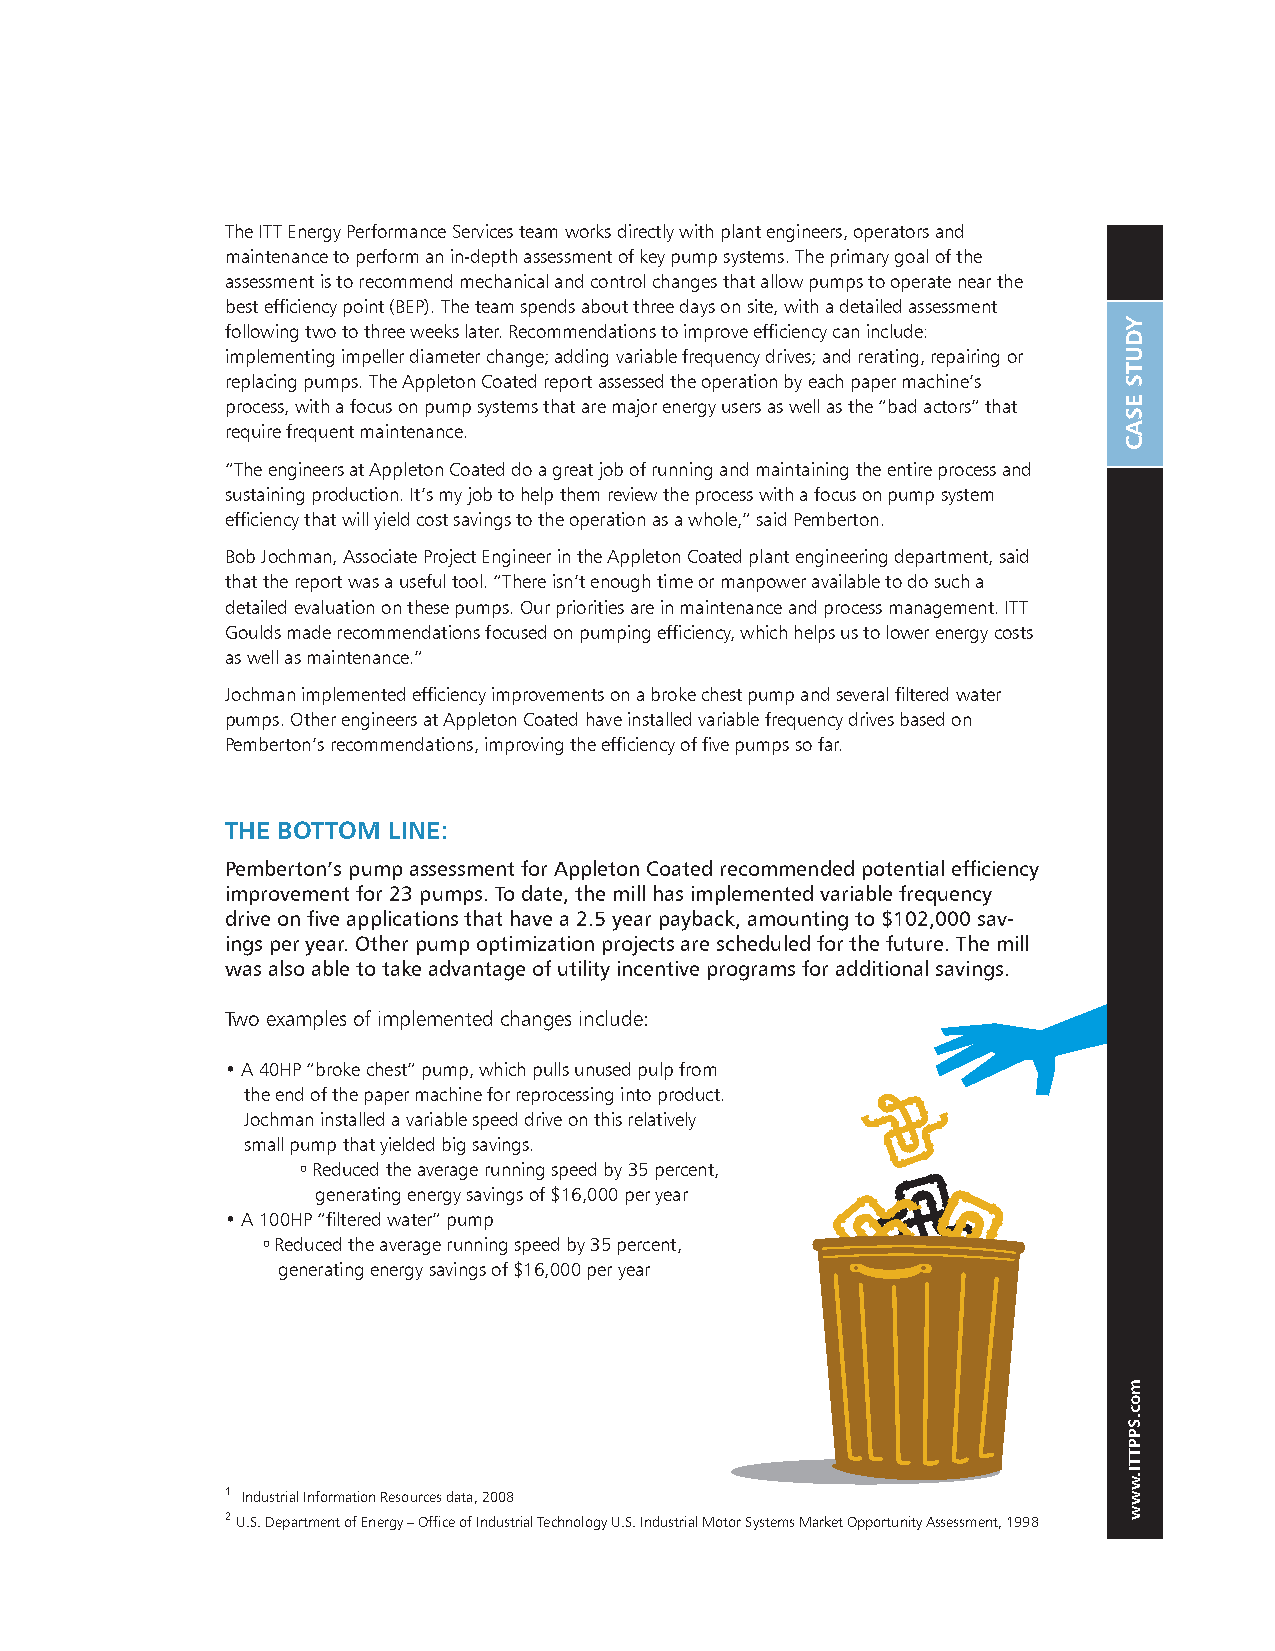
The ITT Energy Performance Services team works directly with plant engineers, operators and
 maintenance to perform an in-depth assessment of key pump systems. The primary goal of the
 assessment is to recommend mechanical and control changes that allow pumps to operate near the
 best efficiency point (BEP). The team spends about three days on site, with a detailed assessment
 following two to three weeks later. Recommendations to improve efficiency can include:
 implementing impeller diameter change; adding variable frequency drives; and rerating, repairing or
 replacing pumps. The Appleton Coated report assessed the operation by each paper machine’s
 process, with a focus on pump systems that are major energy users as well as the “bad actors” that
 require frequent maintenance.
 “The engineers at Appleton Coated do a great job of running and maintaining the entire process and
 sustaining production. It’s my job to help them review the process with a focus on pump system
 efficiency that will yield cost savings to the operation as a whole,” said Pemberton.
 Bob Jochman, Associate Project Engineer in the Appleton Coated plant engineering department, said
 that the report was a useful tool. “There isn’t enough time or manpower available to do such a
 detailed evaluation on these pumps. Our priorities are in maintenance and process management. ITT
 Goulds made recommendations focused on pumping efficiency, which helps us to lower energy costs
 as well as maintenance.”
 Jochman implemented efficiency improvements on a broke chest pump and several filtered water
 pumps. Other engineers at Appleton Coated have installed variable frequency drives based on
 Pemberton’s recommendations, improving the efficiency of five pumps so far.
 tHE bottoM lInE:
 Pemberton’s pump assessment for Appleton Coated recommended potential efficiency
 improvement for 23 pumps. To date, the mill has implemented variable frequency
 drive on five applications that have a 2.5 year payback, amounting to $102,000 sav-
 ings per year. Other pump optimization projects are scheduled for the future. The mill
 was also able to take advantage of utility incentive programs for additional savings.
 Two examples of implemented changes include:
 • A 40HP “broke chest” pump, which pulls unused pulp from
 the end of the paper machine for reprocessing into product.
 Jochman installed a variable speed drive on this relatively
 small pump that yielded big savings.
 o Reduced the average running speed by 35 percent,
 generating energy savings of $16,000 per year
 • A 100HP “filtered water” pump
 o Reduced the average running speed by 35 percent,
 generating energy savings of $16,000 per year
 1 Industrial Information Resources data, 2008
 2 U.S. Department of Energy – Office of Industrial Technology U.S. Industrial Motor Systems Market Opportunity Assessment, 1998
 yDutS
 ESAC
 moc.SPPttI.www